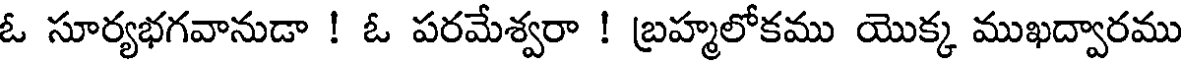
ఓ సూర్యభగవానుడా ! ఓ పరమేశ్వరా ! బ్రహ్మలోకము యొక్క ముఖద్వారము